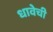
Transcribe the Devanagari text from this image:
धावेची